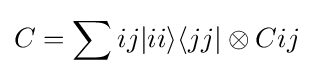
C=\sum {ij}\vert ii\rangle \langle jj\vert \otimes C{ij}